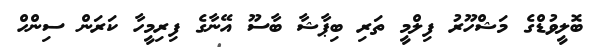
ބޮލީވުޑްގެ މަޝްހޫރު ފިލްމީ ތަރި ބިޕާޝާ ބާސޫ އޭނާގެ ފިރިމީހާ ކަރަން ސިންހް